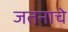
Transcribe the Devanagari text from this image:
जतनाचे